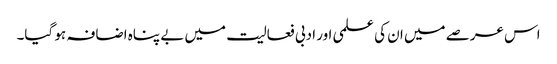
اس عرصے میں ان کی علمی اور ادبی فعالیت میں بے پناہ اضافہ ہو گیا۔